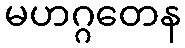
မဟဂ္ဂတေန